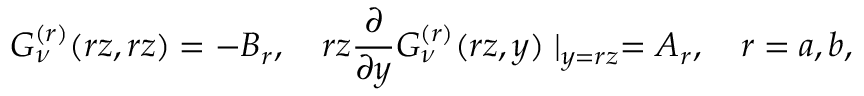
G _ { \nu } ^ { ( r ) } ( r z , r z ) = - B _ { r } , \quad r z \frac { \partial } { \partial y } G _ { \nu } ^ { ( r ) } ( r z , y ) \mid _ { y = r z } = A _ { r } , \quad r = a , b ,